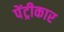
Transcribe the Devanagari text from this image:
पेंट्रीकार